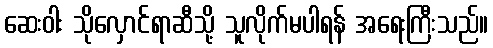
ဆေးဝါး သိုလှောင်ရာဆီသို့ သူလိုက်မပါရန် အရေးကြီးသည်။